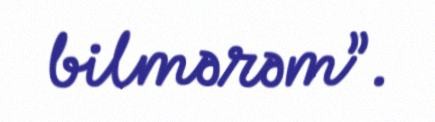
bilmərəm”.